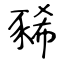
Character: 豨